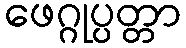
ဖေဂ္ဂုပ္ပတ္တာ